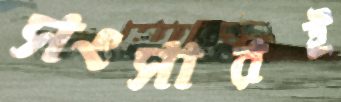
সংসারই